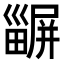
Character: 𤳫